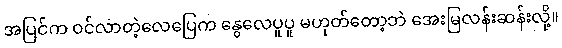
အပြင်က ဝင်လာတဲ့လေပြေက နွေလေပူပူ မဟုတ်တော့ဘဲ အေးမြလန်းဆန်းလို့။